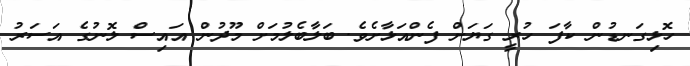
ހޮޅިގަނޑުން ކާފަ ހުރީ ގަޔަށް ފެންއަޅާށެވެ. ބަލާބެލުމަށް މޫދުން އައިސް ލޮނުގެ އަސަރު